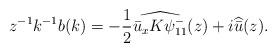
LaTeX: \begin{align*}z^{-1} k^{-1} b(k)= - \frac{1}{2} \widehat{ \bar{u}_x K \psi^-_{11} } ( z)+ i \widehat{\bar{u}} ( z ).\end{align*}